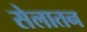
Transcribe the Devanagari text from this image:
सेलातन